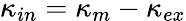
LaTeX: \kappa_{in}=\kappa_{m}-\kappa_{ex}